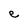
Character: e